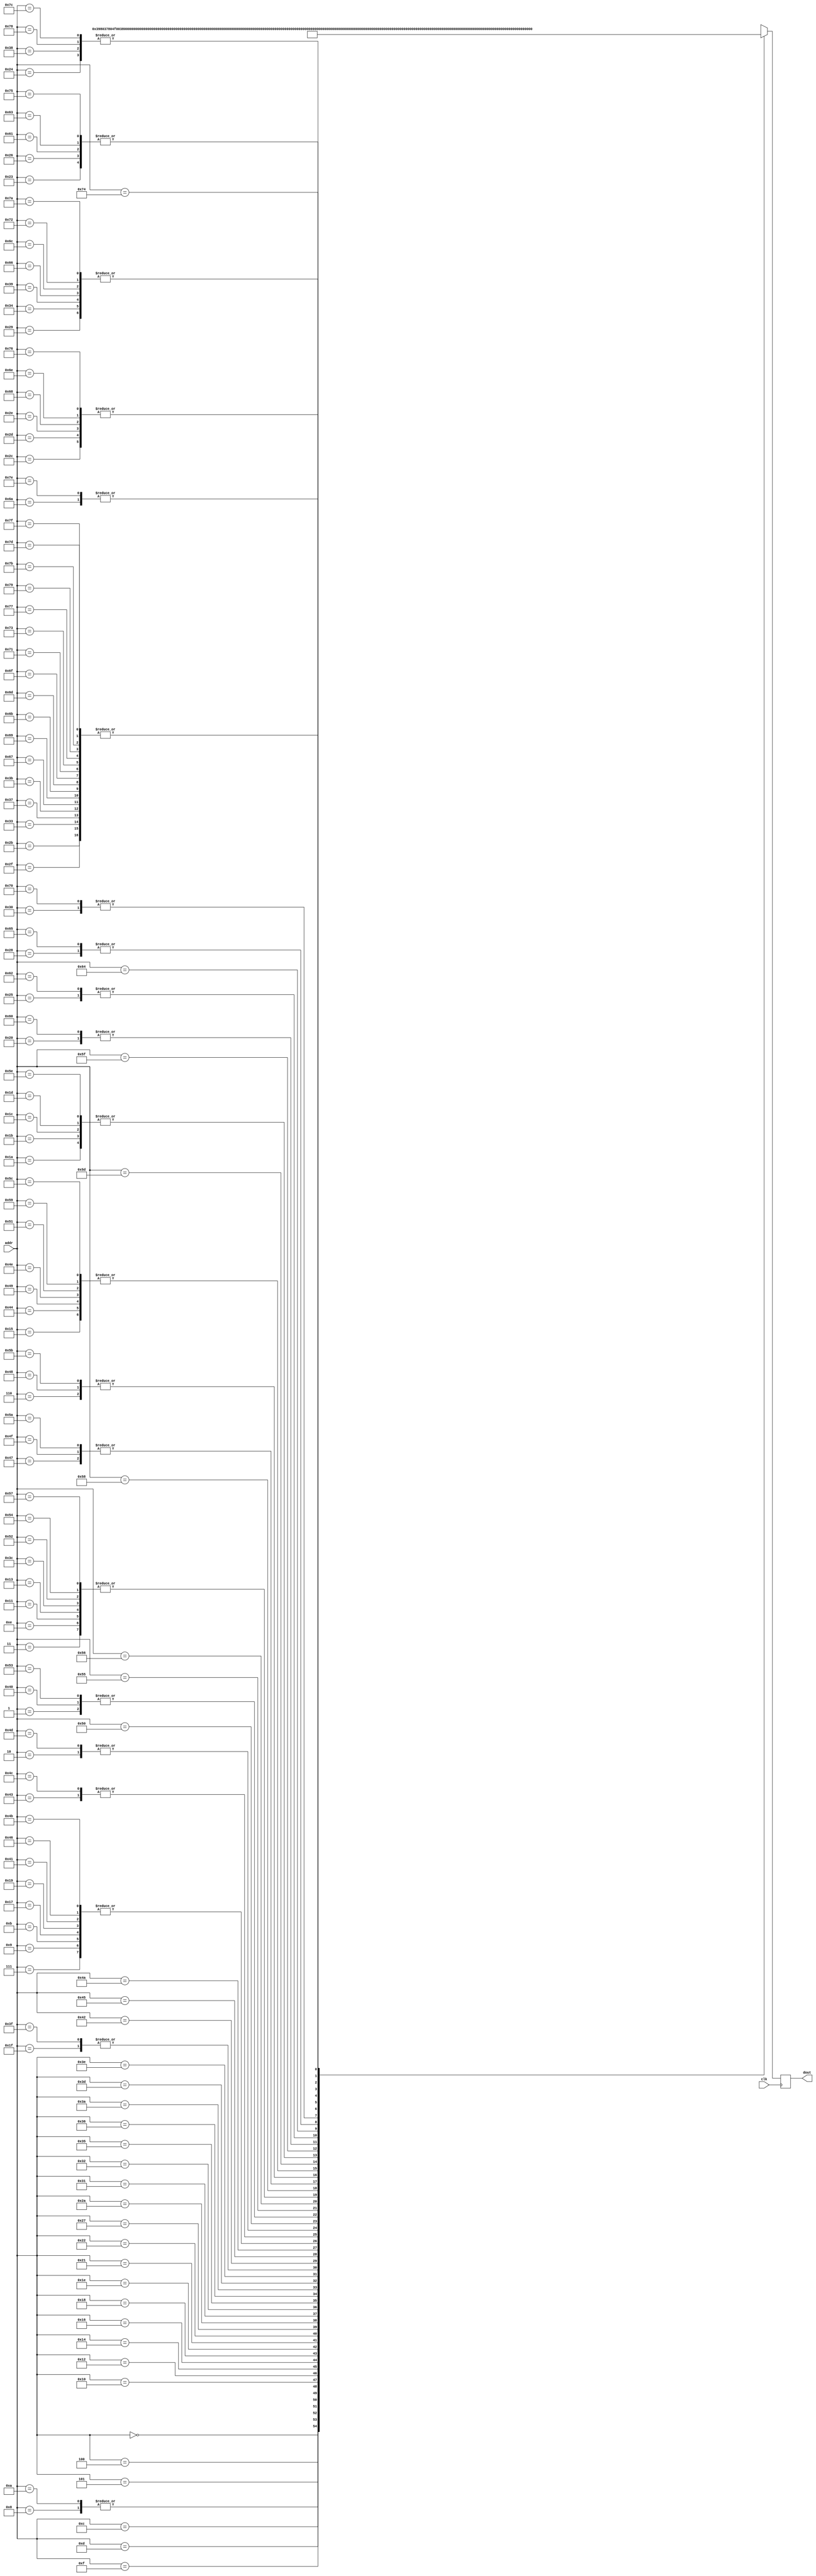
// How to use:					
// 1. Edit the songs on the Enter Song sheet.					
// 2. Select this whole worksheet, copy it, and paste it into a new file.					
// 3. Save the file as song_rom.v.					
					
module song_rom (					
	input clk,				
	input [6:0] addr,				
	output reg [15:0] dout				
);					
					
	wire [15:0] memory [127:0];				
					
	always @(posedge clk)				
		dout = memory[addr];			
					
	assign memory[	  0	] =	{1'b0,6'd28,6'd48,3'b000};	// Note: 3C
	assign memory[	  1	] =	{1'b0,6'd40,6'd48,3'b000};	// Note: 4C
	assign memory[	  2	] =	{1'b0,6'd52,6'd48,3'b000};	// Note: 5C
	assign memory[	  3	] =	{1'b1,6'd0,6'd48,3'b000};	// Note: rest
	assign memory[	  4	] =	{1'b0,6'd27,6'd48,3'b000};	// Note: 3B
	assign memory[	  5	] =	{1'b0,6'd39,6'd32,3'b000};	// Note: 4B
	assign memory[	  6	] =	{1'b0,6'd51,6'd16,3'b000};	// Note: 5B
	assign memory[	  7	] =	{1'b1,6'd0,6'd16,3'b000};	// Note: rest
	assign memory[	  8	] =	{1'b0,6'd28,6'd16,3'b000};	// Note: 3C
	assign memory[	  9	] =	{1'b1,6'd0,6'd16,3'b000};	// Note: rest
	assign memory[	 10	] =	{1'b0,6'd28,6'd16,3'b000};	// Note: 3C
	assign memory[	 11	] =	{1'b1,6'd0,6'd16,3'b000};	// Note: rest
	assign memory[	 12	] =	{1'b0,6'd30,6'd48,3'b000};	// Note: 3D
	assign memory[	 13	] =	{1'b0,6'd54,6'd48,3'b000};	// Note: 5D
	assign memory[	 14	] =	{1'b1,6'd0,6'd48,3'b000};	// Note: rest
	assign memory[	 15	] =	{1'b0,6'd32,6'd48,3'b000};	// Note: 3E
	assign memory[	 16	] =	{1'b0,6'd56,6'd16,3'b000};	// Note: 5E
	assign memory[	 17	] =	{1'b1,6'd0,6'd48,3'b000};	// Note: rest
	assign memory[	 18	] =	{1'b0,6'd33,6'd48,3'b000};	// Note: 3F 
	assign memory[	 19	] =	{1'b1,6'd0,6'd48,3'b000};	// Note: rest
	assign memory[	 20	] =	{1'b0,6'd35,6'd32,3'b000};	// Note: 3G
	assign memory[	 21	] =	{1'b1,6'd0,6'd32,3'b000};	// Note: rest
	assign memory[	 22	] =	{1'b0,6'd37,6'd32,3'b000};	// Note: 4A
	assign memory[	 23	] =	{1'b1,6'd0,6'd16,3'b000};	// Note: rest
	assign memory[	 24	] =	{1'b0,6'd39,6'd16,3'b000};	// Note: 4B
	assign memory[	 25	] =	{1'b1,6'd0,6'd16,3'b000};	// Note: rest
	assign memory[	 26	] =	{1'b1,6'd0,6'd0,3'b000};	// Note: rest
	assign memory[	 27	] =	{1'b1,6'd0,6'd0,3'b000};	// Note: rest
	assign memory[	 28	] =	{1'b1,6'd0,6'd0,3'b000};	// Note: rest
	assign memory[	 29	] =	{1'b1,6'd0,6'd0,3'b000};	// Note: rest
	assign memory[	 30	] =	{1'b0,6'd40,6'd63,3'b000};	// Note: 4C
	assign memory[	 31	] =	{1'b1,6'd0,6'd63,3'b000};	// Note: rest
	assign memory[	 32	] =	{1'b0,6'd35,6'd36,3'b000};	// Note: 3G
	assign memory[	 33	] =	{1'b0,6'd23,6'd36,3'b000};	// Note: 2G
	assign memory[	 34	] =	{1'b0,6'd47,6'd36,3'b000};	// Note: 4G
	assign memory[	 35	] =	{1'b1,6'd0,6'd36,3'b000};	// Note: rest
	assign memory[	 36	] =	{1'b0,6'd30,6'd18,3'b000};	// Note: 3D
	assign memory[	 37	] =	{1'b0,6'd42,6'd36,3'b000};	// Note: 4D
	assign memory[	 38	] =	{1'b1,6'd0,6'd36,3'b000};	// Note: rest
	assign memory[	 39	] =	{1'b0,6'd38,6'd54,3'b000};	// Note: 4A#Bb
	assign memory[	 40	] =	{1'b1,6'd0,6'd54,3'b000};	// Note: rest
	assign memory[	 41	] =	{1'b0,6'd37,6'd18,3'b000};	// Note: 4A
	assign memory[	 42	] =	{1'b0,6'd25,6'd9,3'b000};	// Note: 3A
	assign memory[	 43	] =	{1'b1,6'd0,6'd18,3'b000};	// Note: rest
	assign memory[	 44	] =	{1'b0,6'd35,6'd18,3'b000};	// Note: 3G
	assign memory[	 45	] =	{1'b0,6'd35,6'd18,3'b000};	// Note: 3G
	assign memory[	 46	] =	{1'b0,6'd35,6'd18,3'b000};	// Note: 3G
	assign memory[	 47	] =	{1'b1,6'd0,6'd18,3'b000};	// Note: rest
	assign memory[	 48	] =	{1'b0,6'd34,6'd18,3'b000};	// Note: 3F#Gb
	assign memory[	 49	] =	{1'b0,6'd46,6'd18,3'b000};	// Note: 4F#Gb
	assign memory[	 50	] =	{1'b0,6'd58,6'd18,3'b000};	// Note: 5F#Gb
	assign memory[	 51	] =	{1'b1,6'd0,6'd18,3'b000};	// Note: rest
	assign memory[	 52	] =	{1'b0,6'd37,6'd18,3'b000};	// Note: 4A
	assign memory[	 53	] =	{1'b0,6'd42,6'd9,3'b000};	// Note: 4D
	assign memory[	 54	] =	{1'b0,6'd47,6'd9,3'b000};	// Note: 4G
	assign memory[	 55	] =	{1'b1,6'd0,6'd18,3'b000};	// Note: rest
	assign memory[	 56	] =	{1'b0,6'd30,6'd18,3'b000};	// Note: 3D
	assign memory[	 57	] =	{1'b0,6'd37,6'd18,3'b000};	// Note: 4A
	assign memory[	 58	] =	{1'b0,6'd47,6'd18,3'b000};	// Note: 4G
	assign memory[	 59	] =	{1'b1,6'd0,6'd18,3'b000};	// Note: rest
	assign memory[	 60	] =	{1'b1,6'd0,6'd48,3'b000};	// Note: rest
	assign memory[	 61	] =	{1'b1,6'd28,6'd0,3'b000};	// Note: 3C
	assign memory[	 62	] =	{1'b0,6'd37,6'd63,3'b000};	// Note: 4A
	assign memory[	 63	] =	{1'b1,6'd0,6'd63,3'b000};	// Note: rest
	assign memory[	 64	] =	{1'b0,6'd40,6'd48,3'b000};	// Note: 4C
	assign memory[	 65	] =	{1'b1,6'd0,6'd16,3'b000};	// Note: rest
	assign memory[	 66	] =	{1'b0,6'd45,6'd32,3'b000};	// Note: 4F
	assign memory[	 67	] =	{1'b0,6'd49,6'd32,3'b000};	// Note: 5A
	assign memory[	 68	] =	{1'b1,6'd0,6'd32,3'b000};	// Note: rest
	assign memory[	 69	] =	{1'b0,6'd42,6'd48,3'b000};	// Note: 4D
	assign memory[	 70	] =	{1'b1,6'd0,6'd16,3'b000};	// Note: rest
	assign memory[	 71	] =	{1'b0,6'd47,6'd32,3'b000};	// Note: 4G
	assign memory[	 72	] =	{1'b0,6'd51,6'd16,3'b000};	// Note: 5B
	assign memory[	 73	] =	{1'b1,6'd0,6'd32,3'b000};	// Note: rest
	assign memory[	 74	] =	{1'b0,6'd44,6'd48,3'b000};	// Note: 4E
	assign memory[	 75	] =	{1'b1,6'd0,6'd16,3'b000};	// Note: rest
	assign memory[	 76	] =	{1'b0,6'd49,6'd32,3'b000};	// Note: 5A
	assign memory[	 77	] =	{1'b0,6'd52,6'd48,3'b000};	// Note: 5C
	assign memory[	 78	] =	{1'b1,6'd0,6'd32,3'b000};	// Note: rest
	assign memory[	 79	] =	{1'b0,6'd47,6'd32,3'b000};	// Note: 4G
	assign memory[	 80	] =	{1'b0,6'd51,6'd32,3'b000};	// Note: 5B
	assign memory[	 81	] =	{1'b1,6'd0,6'd32,3'b000};	// Note: rest
	assign memory[	 82	] =	{1'b1,6'd0,6'd48,3'b000};	// Note: rest
	assign memory[	 83	] =	{1'b0,6'd40,6'd48,3'b000};	// Note: 4C
	assign memory[	 84	] =	{1'b1,6'd0,6'd48,3'b000};	// Note: rest
	assign memory[	 85	] =	{1'b0,6'd45,6'd48,3'b000};	// Note: 4F
	assign memory[	 86	] =	{1'b0,6'd49,6'd48,3'b000};	// Note: 5A
	assign memory[	 87	] =	{1'b1,6'd0,6'd48,3'b000};	// Note: rest
	assign memory[	 88	] =	{1'b0,6'd42,6'd16,3'b000};	// Note: 4D
	assign memory[	 89	] =	{1'b1,6'd0,6'd32,3'b000};	// Note: rest
	assign memory[	 90	] =	{1'b0,6'd47,6'd32,3'b000};	// Note: 4G
	assign memory[	 91	] =	{1'b0,6'd51,6'd16,3'b000};	// Note: 5B
	assign memory[	 92	] =	{1'b1,6'd0,6'd32,3'b000};	// Note: rest
	assign memory[	 93	] =	{1'b0,6'd28,6'd0,3'b000};	// Note: 3C
	assign memory[	 94	] =	{1'b1,6'd0,6'd0,3'b000};	// Note: rest
	assign memory[	 95	] =	{1'b1,6'd0,6'd26,3'b000};	// Note: rest
	assign memory[	 96	] =	{1'b0,6'd35,6'd36,3'b000};	// Note: 3G
	assign memory[	 97	] =	{1'b1,6'd0,6'd36,3'b000};	// Note: rest
	assign memory[	 98	] =	{1'b0,6'd42,6'd36,3'b000};	// Note: 4D
	assign memory[	 99	] =	{1'b1,6'd0,6'd36,3'b000};	// Note: rest
	assign memory[	100	] =	{1'b0,6'd39,6'd54,3'b000};	// Note: 4Bb
	assign memory[	101	] =	{1'b1,6'd0,6'd54,3'b000};	// Note: rest
	assign memory[	102	] =	{1'b0,6'd37,6'd18,3'b000};	// Note: 4A
	assign memory[	103	] =	{1'b1,6'd0,6'd18,3'b000};	// Note: rest
	assign memory[	104	] =	{1'b0,6'd35,6'd18,3'b000};	// Note: 3G
	assign memory[	105	] =	{1'b1,6'd0,6'd18,3'b000};	// Note: rest
	assign memory[	106	] =	{1'b0,6'd38,6'd18,3'b000};	// Note: 4A#Bb
	assign memory[	107	] =	{1'b1,6'd0,6'd18,3'b000};	// Note: rest
	assign memory[	108	] =	{1'b0,6'd37,6'd18,3'b000};	// Note: 4A
	assign memory[	109	] =	{1'b1,6'd0,6'd18,3'b000};	// Note: rest
	assign memory[	110	] =	{1'b0,6'd35,6'd18,3'b000};	// Note: 3G
	assign memory[	111	] =	{1'b1,6'd0,6'd18,3'b000};	// Note: rest
	assign memory[	112	] =	{1'b0,6'd34,6'd18,3'b000};	// Note: 3F#Gb
	assign memory[	113	] =	{1'b1,6'd0,6'd18,3'b000};	// Note: rest
	assign memory[	114	] =	{1'b0,6'd37,6'd18,3'b000};	// Note: 4A
	assign memory[	115	] =	{1'b1,6'd0,6'd18,3'b000};	// Note: rest
	assign memory[	116	] =	{1'b0,6'd30,6'd36,3'b000};	// Note: 3D
	assign memory[	117	] =	{1'b1,6'd0,6'd36,3'b000};	// Note: rest
	assign memory[	118	] =	{1'b0,6'd35,6'd18,3'b000};	// Note: 3G
	assign memory[	119	] =	{1'b1,6'd0,6'd18,3'b000};	// Note: rest
	assign memory[	120	] =	{1'b0,6'd30,6'd18,3'b000};	// Note: 3D
	assign memory[	121	] =	{1'b1,6'd0,6'd18,3'b000};	// Note: rest
	assign memory[	122	] =	{1'b0,6'd37,6'd18,3'b000};	// Note: 4A
	assign memory[	123	] =	{1'b1,6'd0,6'd18,3'b000};	// Note: rest
	assign memory[	124	] =	{1'b0,6'd30,6'd18,3'b000};	// Note: 3D
	assign memory[	125	] =	{1'b1,6'd0,6'd18,3'b000};	// Note: rest
	assign memory[	126	] =	{1'b0,6'd38,6'd18,3'b000};	// Note: 4A#Bb
	assign memory[	127	] =	{1'b1,6'd0,6'd18,3'b000};	// Note: rest
endmodule